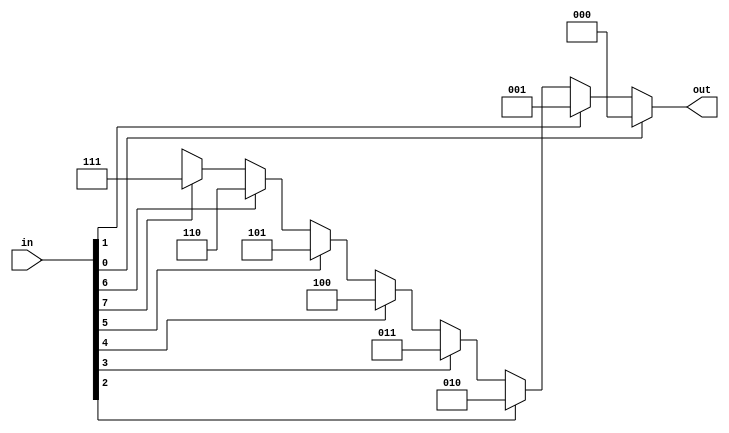
module priorityencoder(in,out);

input [7:0]in;
output reg [2:0]out;

always @(in) 
  begin 
      if(in[0]) out=3'b000;
		else if(in[1]) out=3'b001;
		else if(in[2]) out=3'b010;
		else if(in[3]) out=3'b011;
		else if(in[4]) out=3'b100;
		else if(in[5]) out=3'b101;
		else if(in[6]) out=3'b110;
		else if(in[7]) out=3'b111;
		else out=3'bxxx;
  end
endmodule